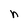
Character: n